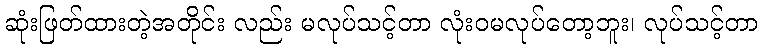
ဆုံးဖြတ်ထားတဲ့အတိုင်း လည်း မလုပ်သင့်တာ လုံးဝမလုပ်တော့ဘူး၊ လုပ်သင့်တာ